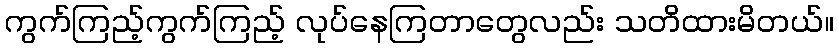
ကွက်ကြည့်ကွက်ကြည့် လုပ်နေကြတာတွေလည်း သတိထားမိတယ်။